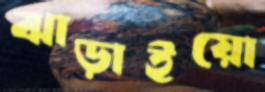
ঝাড়াইয়ো